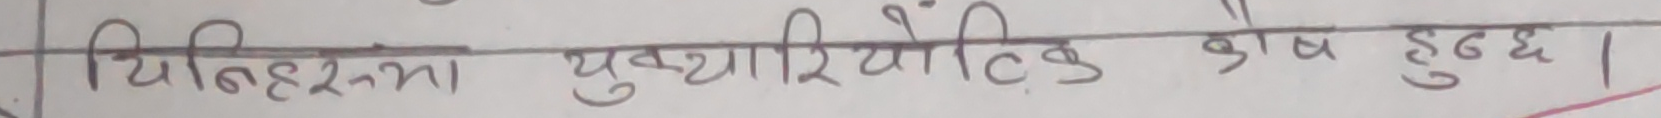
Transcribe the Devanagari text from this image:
यिनीहरूमा युक्यारियौटिक कोष हुन्छ।